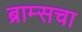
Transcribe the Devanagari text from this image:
ब्राम्सचा